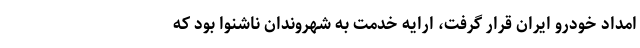
امداد خودرو ایران قرار گرفت، ارایه خدمت به شهروندان ناشنوا بود که